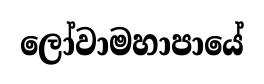
ලෝවාමහාපායේ